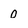
Character: 0